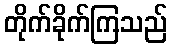
တိုက်ခိုက်ကြသည်